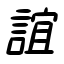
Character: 誼